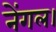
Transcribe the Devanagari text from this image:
नेंगल।